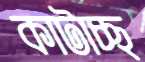
কাটাচ্ছ